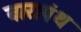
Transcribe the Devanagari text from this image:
बारापंथ